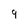
Character: 9